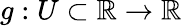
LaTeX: g:U\subset\mathbb{R}\to\mathbb{R}